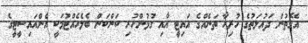
އެގޮތުން ދައުލަތުގެ ހުރިހާ ތަނެއްގެ އައިޓީ އާއި ގުޅުންހުރި ކަންކަން ބެލެހެއްޓުމަކީ އެންއައިސީޓީގެ